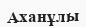
Аханұлы